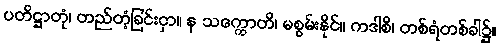
ပတိဋ္ဌာတုံ၊ တည်တံ့ခြင်းငှာ။ န သက္ကောတိ၊ မစွမ်းနိုင်။ ကဒါစိ၊ တစ်ရံတစ်ခါ၌။